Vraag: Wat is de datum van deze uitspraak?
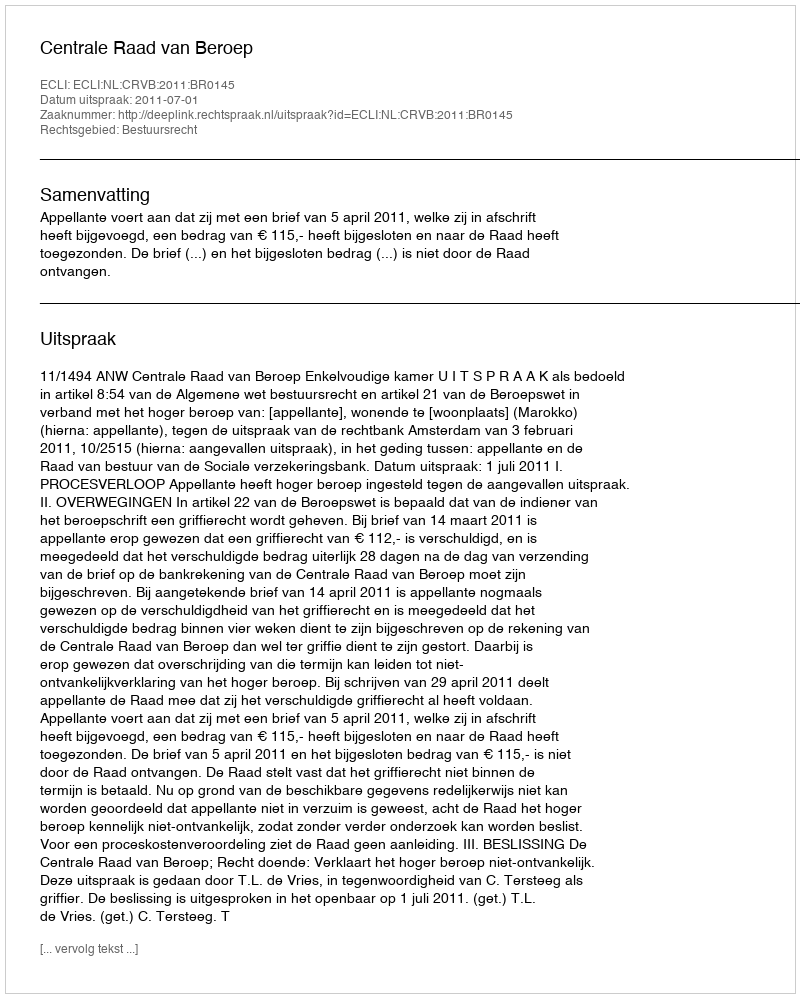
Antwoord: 2011-07-01